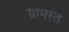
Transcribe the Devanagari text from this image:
ग्रामस्त